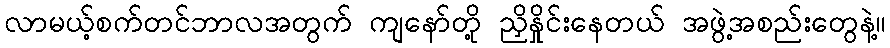
လာမယ့်စက်တင်ဘာလအတွက် ကျနော်တို့ ညှိနှိုင်းနေတယ် အဖွဲ့အစည်းတွေနဲ့။